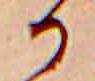
か